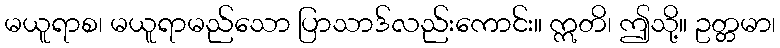
မယူရာစ၊ မယူရာမည်သော ပြာသာဒ်လည်းကောင်း။ ဣတိ၊ ဤသို့။ ဥတ္တမာ၊